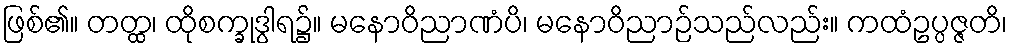
ဖြစ်၏။ တတ္ထ၊ ထိုစက္ခုဒွါရ၌။ မနောဝိညာဏံပိ၊ မနောဝိညာဉ်သည်လည်း။ ကထံဥပ္ပဇ္ဇတိ၊